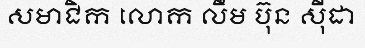
សមាជិក លោក លឹម ប៊ុន ស៊ីដា